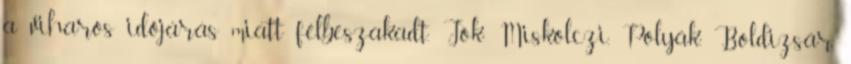
a viharos időjárás miatt félbeszakadt. Jók: Miskolczi, Polyák, Boldizsár,